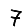
Digit: 7